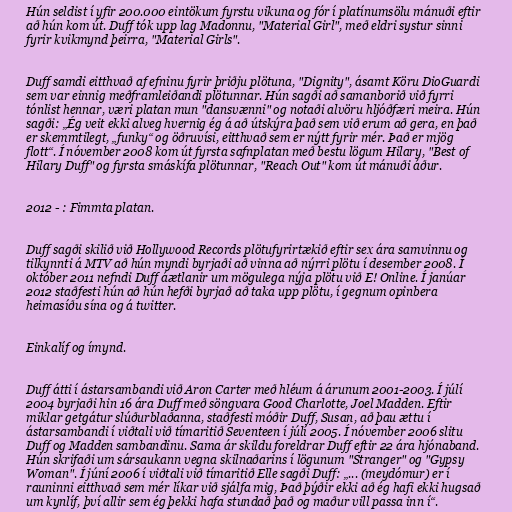
Hún seldist í yfir 200.000 eintökum fyrstu vikuna og fór í platínumsölu mánuði eftir
að hún kom út. Duff tók upp lag Madonnu, "Material Girl", með eldri systur sinni
fyrir kvikmynd þeirra, "Material Girls".

Duff samdi eitthvað af efninu fyrir þriðju plötuna, "Dignity", ásamt Köru DioGuardi
sem var einnig meðframleiðandi plötunnar. Hún sagði að samanborið við fyrri
tónlist hennar, væri platan mun "dansvænni" og notaði alvöru hljóðfæri meira. Hún
sagði: „Ég veit ekki alveg hvernig ég á að útskýra það sem við erum að gera, en það
er skemmtilegt, „funky“ og öðruvísi, eitthvað sem er nýtt fyrir mér. Það er mjög
flott“. Í nóvember 2008 kom út fyrsta safnplatan með bestu lögum Hilary, "Best of
Hilary Duff" og fyrsta smáskífa plötunnar, "Reach Out" kom út mánuði áður.

2012 - : Fimmta platan.

Duff sagði skilið við Hollywood Records plötufyrirtækið eftir sex ára samvinnu og
tilkynnti á MTV að hún myndi byrjaði að vinna að nýrri plötu í desember 2008. Í
október 2011 nefndi Duff áætlanir um mögulega nýja plötu við E! Online. Í janúar
2012 staðfesti hún að hún hefði byrjað að taka upp plötu, í gegnum opinbera
heimasíðu sína og á twitter.

Einkalíf og ímynd.

Duff átti í ástarsambandi við Aron Carter með hléum á árunum 2001-2003. Í júlí
2004 byrjaði hin 16 ára Duff með söngvara Good Charlotte, Joel Madden. Eftir
miklar getgátur slúðurblaðanna, staðfesti móðir Duff, Susan, að þau ættu í
ástarsambandi í viðtali við tímaritið Seventeen í júlí 2005. Í nóvember 2006 slitu
Duff og Madden sambandinu. Sama ár skildu foreldrar Duff eftir 22 ára hjónaband.
Hún skrifaði um sársaukann vegna skilnaðarins í lögunum "Stranger" og "Gypsy
Woman". Í júní 2006 í viðtali við tímaritið Elle sagði Duff: „... (meydómur) er í
rauninni eitthvað sem mér líkar við sjálfa mig, Það þýðir ekki að ég hafi ekki hugsað
um kynlíf, því allir sem ég þekki hafa stundað það og maður vill passa inn í“.